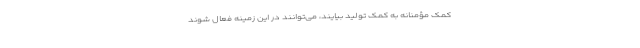
کمک مؤمنانه به کمک تولید بیایند، می‌توانند در این زمینه فعال شوند